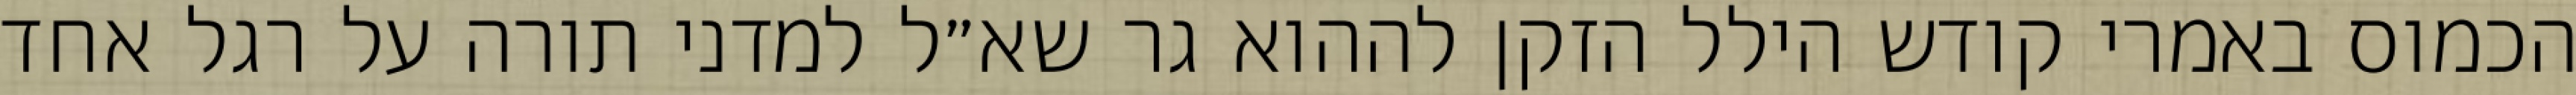
הכמוס באמרי קודש הילל הזקן לההוא גר שא״ל למדני תורה על רגל אחד